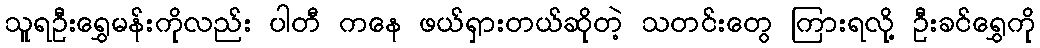
သူရဦးရွှေမန်းကိုလည်း ပါတီ ကနေ ဖယ်ရှားတယ်ဆိုတဲ့ သတင်းတွေ ကြားရလို့ ဦးခင်ရွှေကို